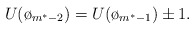
\begin{align*}U(\o_{m^*-2}) = U(\o_{m^*-1}) \pm1.\end{align*}